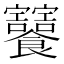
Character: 𩟸